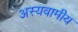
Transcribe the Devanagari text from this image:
अस्यवामीय